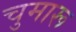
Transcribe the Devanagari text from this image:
चुमारू